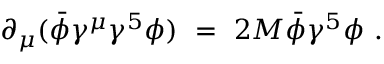
\partial _ { \mu } ( \bar { \phi } \gamma ^ { \mu } \gamma ^ { 5 } \phi ) ~ = ~ 2 M \bar { \phi } \gamma ^ { 5 } \phi ~ .